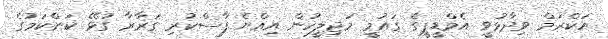
އަކްރަމް ވިދާޅުވީ އެމްޑީޕީގެ ގައުމީ މަޖިލީހުން އިއްޔެ ފާސްކުރި ގަރާރާ ގުޅޭ ކަންކަމުގެ